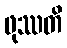
ဖုဿတိ